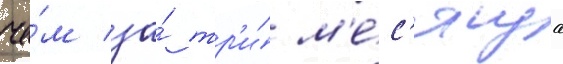
че́м за́ тр'и́ м'е́с'яца